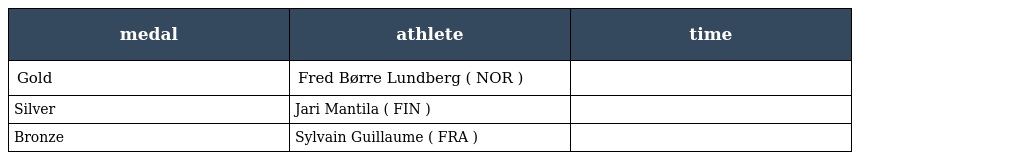
| medal | athlete | time |
 | --- | --- | --- |
 | Gold | Fred Børre Lundberg ( NOR ) |  |
 | Silver | Jari Mantila ( FIN ) |  |
 | Bronze | Sylvain Guillaume ( FRA ) |  |